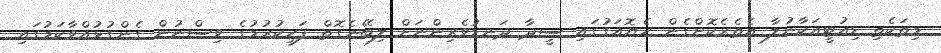
މިތަކެތި ޑިއުޓީއަކާނުލާ އެތެރެކޮށްގެން ހެޔޮއަގުގައި ސީދާ ދަނޑުވެރިންނަށް ލިބޭނެގޮތް ފަހިކުރުމުގެ ވިސްނުން ގެންގުޅުއްވާކަމުގައި